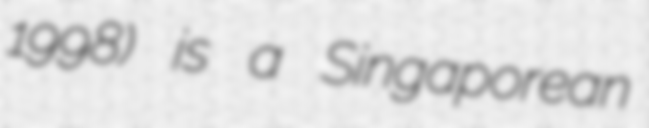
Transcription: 1998) is a Singaporean